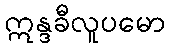
ဣန္ဒခီလူပမော